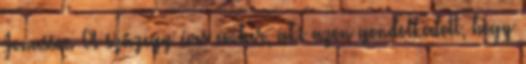
Jonasson A százegy éves ember, aki azon gondolkodott, hogy